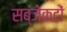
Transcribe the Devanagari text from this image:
सब्जेकटों